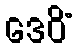
ဒေဝိံ